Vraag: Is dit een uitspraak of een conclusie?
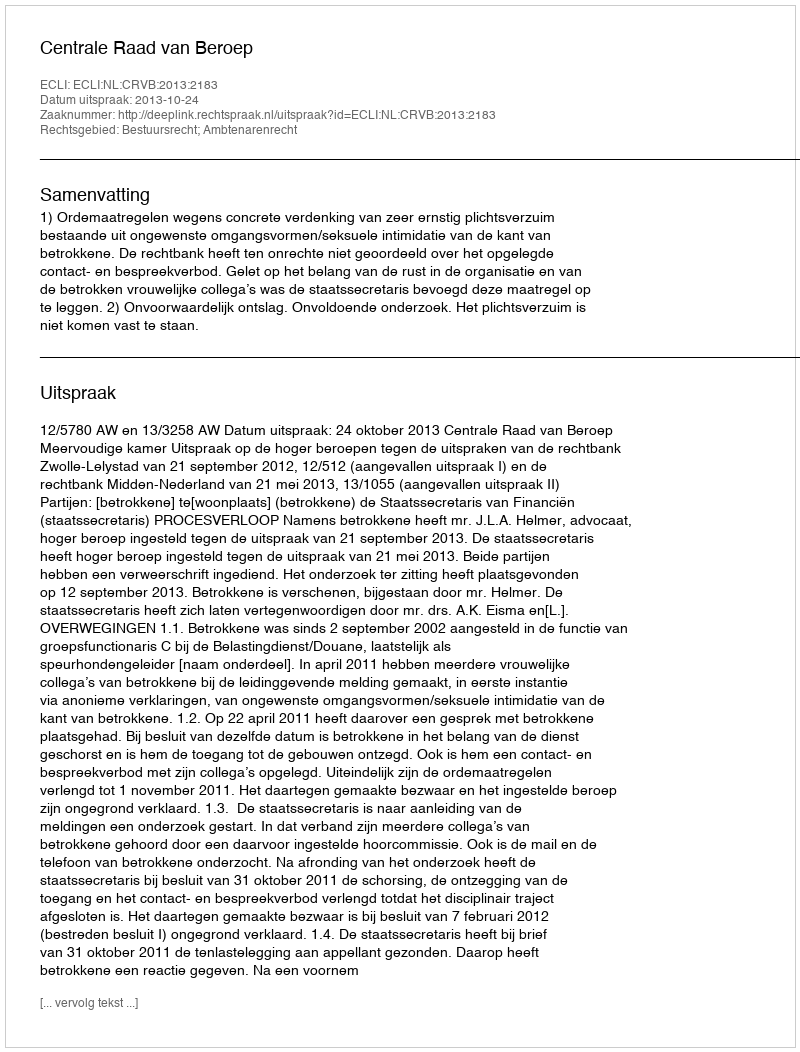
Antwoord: Uitspraak